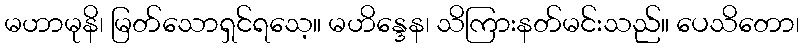
မဟာမုနိ၊ မြတ်သောရှင်ရသေ့။ မဟိန္ဒေန၊ သိကြားနတ်မင်းသည်။ ပေသိတော၊